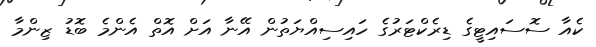
ކެއާ ސޮސައިޓީގެ ޑިރެކްޓަރުގެ ހައިސިއްޔަތުން އޭނާ އަށް އޮތް އެންމެ ބޮޑު ޒިންމާ